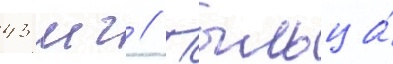
43 мг // Пыльца́